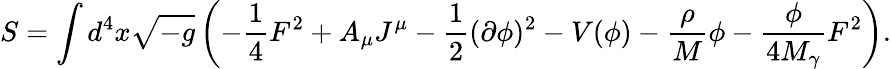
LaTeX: S=\int d^{4}x\sqrt{-g}\left(-\frac{1}{4}F^{2}+A_{\mu}J^{\mu}-\frac{1}{2}(\partial\phi)^{2}-V(\phi)-\frac{\rho}{M}\phi-\frac{\phi}{4M_{\gamma}}F^{2}\right).